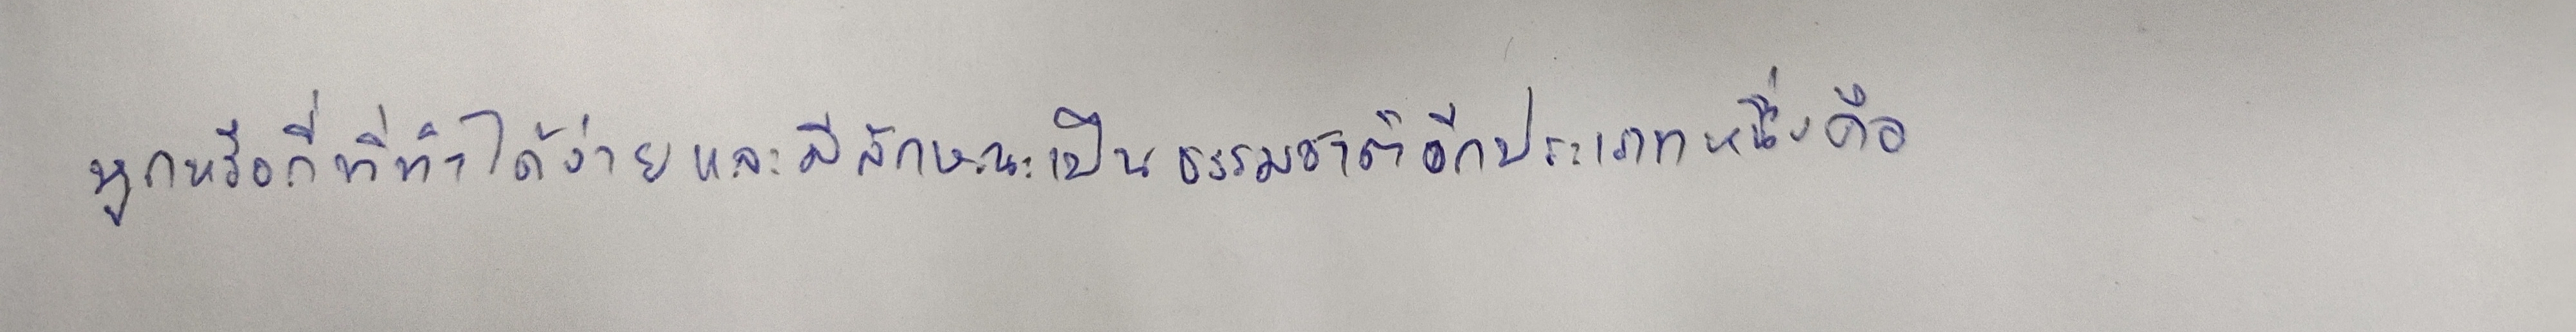
หูกหรือกี่ที่ทำได้ง่ายและมีลักษณะเป็นธรรมชาติอีกประเภทหนึ่งคือ